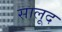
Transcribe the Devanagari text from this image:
सालूद